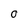
Character: O